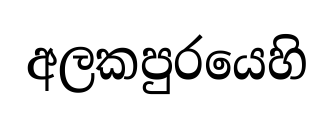
අලකපුරයෙහි